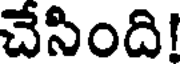
చేసింది!